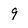
Character: 9